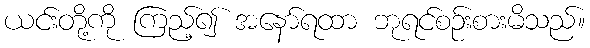
ယင်းတို့ကို ကြည့်၍ အနော်ရထာ ဘုရင်စဉ်းစားမိသည်။